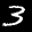
Label: 3